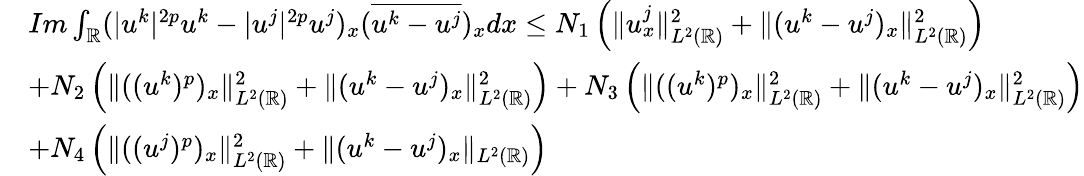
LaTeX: \begin{array}{rl}&{Im\int_{\mathbb{R}}(|u^{k}|^{2p}u^{k}-|u^{j}|^{2p}u^{j})_{x}(\overline{{u^{k}-u^{j}}})_{x}dx\leq N_{1}\left(\| u_{x}^{j}\| _{L^{2}(\mathbb{R})}^{2}+\| (u^{k}-u^{j})_{x}\| _{L^{2}(\mathbb{R})}^{2}\right)}\\ &{+N_{2}\left(\| ((u^{k})^{p})_{x}\| _{L^{2}(\mathbb{R})}^{2}+\| (u^{k}-u^{j})_{x}\| _{L^{2}(\mathbb{R})}^{2}\right)+N_{3}\left(\| ((u^{k})^{p})_{x}\| _{L^{2}(\mathbb{R})}^{2}+\| (u^{k}-u^{j})_{x}\| _{L^{2}(\mathbb{R})}^{2}\right)}\\ &{+N_{4}\left(\| ((u^{j})^{p})_{x}\| _{L^{2}(\mathbb{R})}^{2}+\| (u^{k}-u^{j})_{x}\| _{L^{2}(\mathbb{R})}\right)}\end{array}